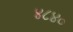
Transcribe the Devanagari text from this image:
४८४०